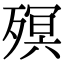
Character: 𣩆